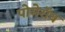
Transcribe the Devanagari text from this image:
पोमेरॉय